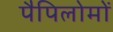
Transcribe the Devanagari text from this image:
पैपिलोमों